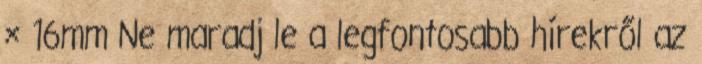
× 16mm Ne maradj le a legfontosabb hírekről az